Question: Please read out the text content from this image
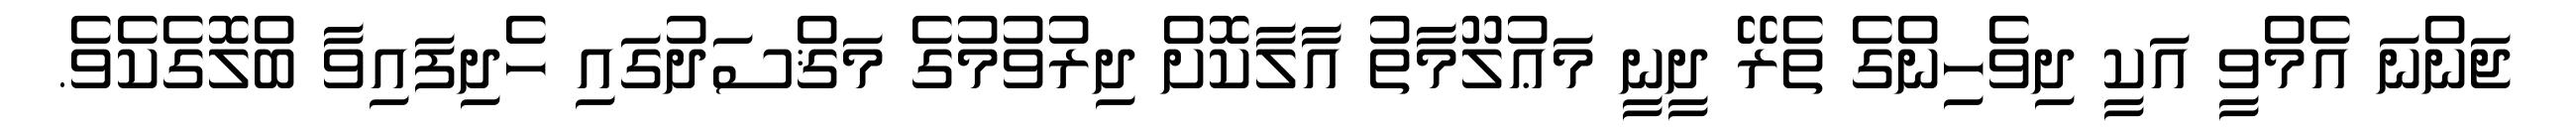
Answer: ޖަންނަ އެމްވީ އަކީ ދިވެހިންގެ ތެރޭ ދީނީ މަޢުލޫމާތު އާލާކޮށް ދިރުވުމުގެ މަޤްސަދުގައި ހެދިފައިވާ ބްލޮގެކެވެ.